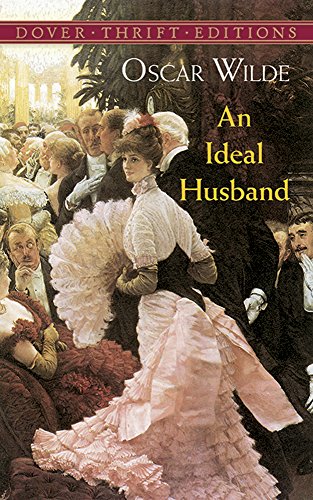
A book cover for An Ideal Husband (Dover Thrift Editions); Oscar Wilde; Literature & Fiction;